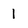
Character: 1